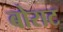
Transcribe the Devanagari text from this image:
बोराट